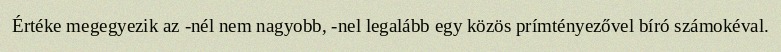
Értéke megegyezik az -nél nem nagyobb, -nel legalább egy közös prímtényezővel bíró számokéval.